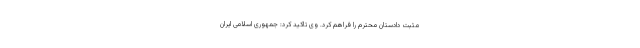
مثبت دادستان محترم را فراهم کرد. وی تاکید کرد: جمهوری اسلامی ایران